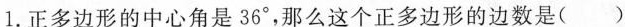
1.正多边形的中心角是36^{\circ}，那么这个正多边形的边数是()